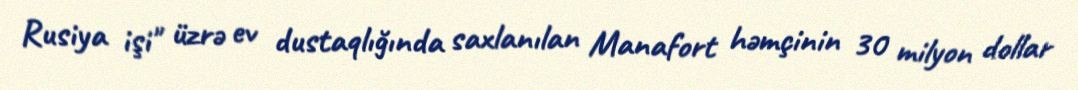
Rusiya işi" üzrə ev dustaqlığında saxlanılan Manafort həmçinin 30 milyon dollar